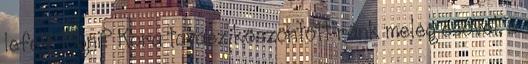
lefelé lógni? Kora tavasz köszöntött ránk meleg esővel, s